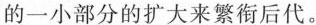
的一小部分的扩大来繁衔后代。